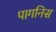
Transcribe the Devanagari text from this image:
पागनिस